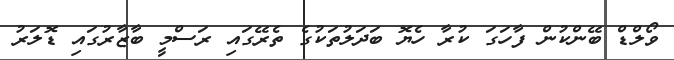
ވޯލްޑް ބޭންކުން ފާހަގަ ކުރާ ހެޔޮ ބަދަލުތަކުގެ ތެރޭގައި ރަސްމީ ބާޒާރުގައި ޑޮލަރު